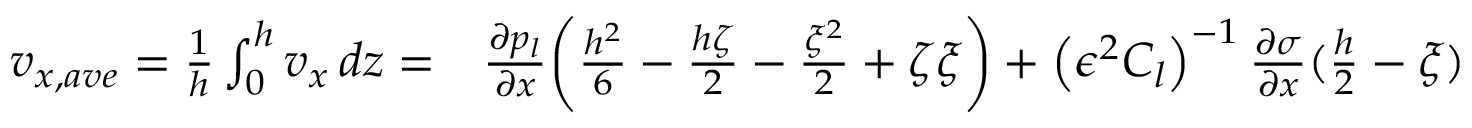
\begin{array} { r l } { v _ { x , a v e } = \frac { 1 } { h } \int _ { 0 } ^ { h } v _ { x } \, d z = } & { { } \frac { \partial p _ { l } } { \partial x } \bigg ( \frac { h ^ { 2 } } { 6 } - \frac { h \zeta } { 2 } - \frac { \xi ^ { 2 } } { 2 } + \zeta \xi \bigg ) + \left( \epsilon ^ { 2 } C _ { l } \right) ^ { - 1 } \frac { \partial \sigma } { \partial x } ( \frac { h } { 2 } - \xi ) } \end{array}